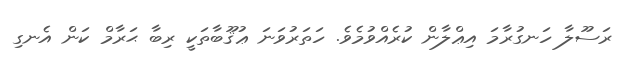
ރަސޫލާ ހަނގުރާމަ އިޢްލާން ކުރެއްވުމެވެ. ހަތަރުވަނަ ޢުޤޫބާތަކީ ރިބާ ޙަރާމް ކަން އެނގި